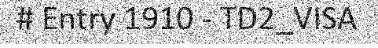
# Entry 1910 - TD2_VISA